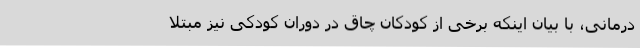
درمانی، با بیان اینکه برخی از کودکان چاق در دوران کودکی نیز مبتلا